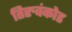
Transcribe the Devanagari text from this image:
तिरुवंकोड